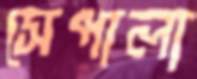
সেপালা